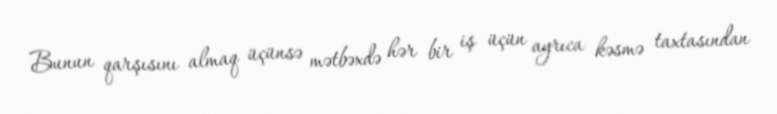
Bunun qarşısını almaq üçünsə mətbəxdə hər bir iş üçün ayrıca kəsmə taxtasından